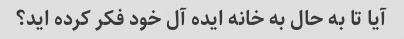
آیا تا به حال به خانه ایده آل خود فکر کرده اید؟